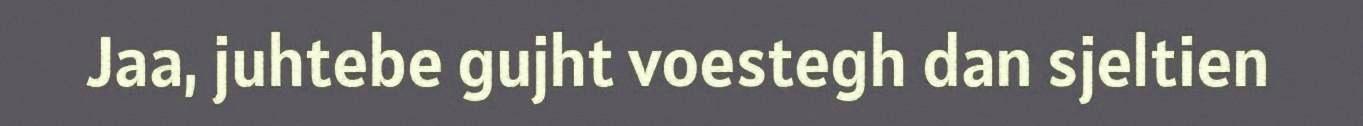
Jaa, juhtebe gujht voestegh dan sjeltien